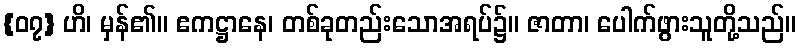
{၀၇} ဟိ၊ မှန်၏။ ဧကဋ္ဌာနေ၊ တစ်ခုတည်းသောအရပ်၌။ ဇာတာ၊ ပေါက်ဖွားသူတို့သည်။